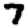
Digit: 7